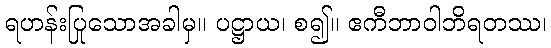
ရဟန်းပြုသောအခါမှ။ ပဋ္ဌာယ၊ စ၍။ ဧကီဘာဝါဘိရတဿ၊